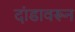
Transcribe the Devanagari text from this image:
दांडावरून